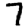
Digit: 7